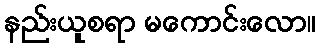
နည်းယူစရာ မကောင်းလော။